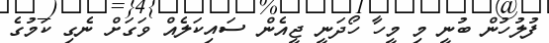
ފުލުހުން ބުނީ މި މީހާ ހޯދަނީ ޖީއެން ސައިކަލެއް ވަގަށް ނެގި ކަމުގެ